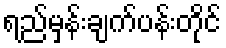
ရည်မှန်းချက်ပန်းတိုင်